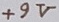
Text: +9V